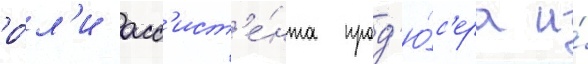
ро́л'и асс'ист'е́нта прод'ю́с'ера и́